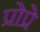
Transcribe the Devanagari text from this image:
प्रोप्रे